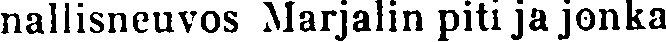
nallisneuvos Marjalin piti ja jonka